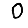
Digit: 0